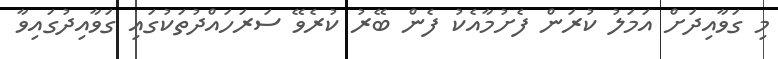
މި ގަވާއިދަށް އަމަލު ކުރަން ފެށުމާއެކު ފެން ބޭރު ކުރެވޭ ސަރަހައްދުތަކުގައި ގަވާއިދުގައިވާ